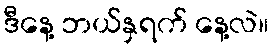
ဒီနေ့ ဘယ်နှရက် နေ့လဲ။